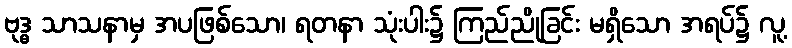
ဗုဒ္ဓ သာသနာမှ အပဖြစ်သော၊ ရတနာ သုံးပါး၌ ကြည်ညိုခြင်း မရှိသော အရပ်၌ လူ့